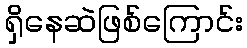
ရှိနေဆဲဖြစ်ကြောင်း